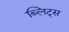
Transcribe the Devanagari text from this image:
ब्लिट्स